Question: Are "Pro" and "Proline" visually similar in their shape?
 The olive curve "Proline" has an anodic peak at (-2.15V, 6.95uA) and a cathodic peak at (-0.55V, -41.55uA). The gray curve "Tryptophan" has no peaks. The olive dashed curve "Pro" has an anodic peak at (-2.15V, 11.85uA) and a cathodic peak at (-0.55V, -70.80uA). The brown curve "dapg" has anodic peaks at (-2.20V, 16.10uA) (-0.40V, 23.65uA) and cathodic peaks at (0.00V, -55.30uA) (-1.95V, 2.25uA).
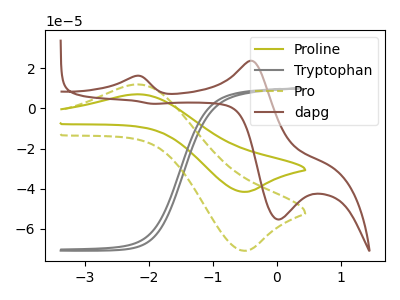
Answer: <think>All the peaks in "Pro" have a peak in "Proline" at the same potential. Every peak in "Pro" is higher than every peak in "Proline".
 </think>
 <answer>"Pro" and "Proline" are similar in shape.</answer>
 <eval>same_shape</eval>